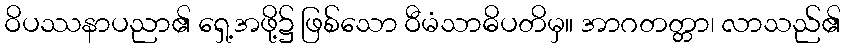
ဝိပဿနာပညာ၏ ရှေ့အဖို့၌ ဖြစ်သော ဝီမံသာဓိပတိမှ။ အာဂတတ္တာ၊ လာသည်၏